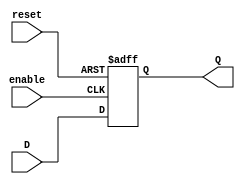
module d_latch(
    input wire D,
    input wire enable,
    input wire reset,
    output reg Q
);

always @ (posedge enable or posedge reset)
begin
    if (reset)
        Q <= 1'b0;
    else if (enable)
        Q <= D;
end

endmodule